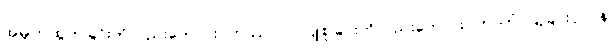
အမျက်ထွက်ခြင်းကိုလည်းကောင်း။ ဣဿာ ဝါ၊ ငြူစူခြင်းကိုလည်းကောင်း။ ကာတုံ၊ ပြုခြင်းငှာ။ န